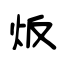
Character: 炍